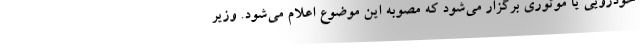
خودرویی یا موتوری برگزار می‌شود که مصوبه این موضوع اعلام می‌شود. وزیر